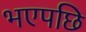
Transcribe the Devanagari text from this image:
भएपछि